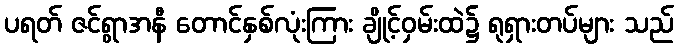
ပရတ် ဇင်ရွာအနီ တောင်နှစ်လုံးကြား ချိုင့်ဝှမ်းထဲ၌ ရုရှားတပ်များ သည်